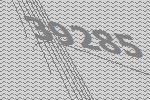
39285